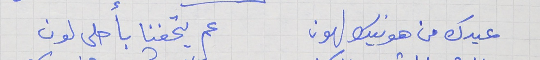
عيدك من هونيك لهون      عم يتحفنا باحلى لون